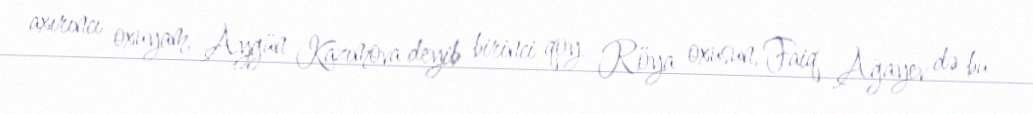
axırıncı oxuyam, Aygün Kazımova deyib birinci qoy Röya oxusun, Faiq Ağayev də bu